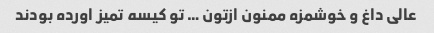
عالی داغ و خوشمزه ممنون ازتون … تو کیسه تمیز اورده بودند